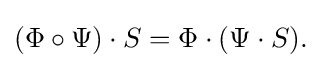
{\textstyle (\Phi \circ \Psi )\cdot S=\Phi \cdot (\Psi \cdot S).}